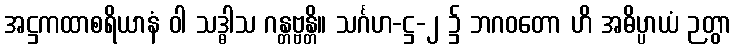
အဋ္ဌကထာစရိယာနံ ဝါ သဒ္ဓါသ ဂန္တဗ္ဗန္တိ။ သင်္ဂဟ-ဋ္ဌ-၂ ၌ ဘဂဝတော ဟိ အဓိပ္ပာယံ ဉတွာ